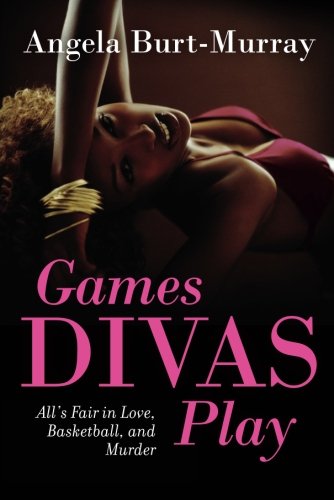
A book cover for Games Divas Play (A Diva Mystery Novel); Angela Burt-Murray; Mystery, Thriller & Suspense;